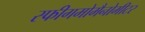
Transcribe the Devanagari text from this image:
स्फीगमोमैनोमीटर